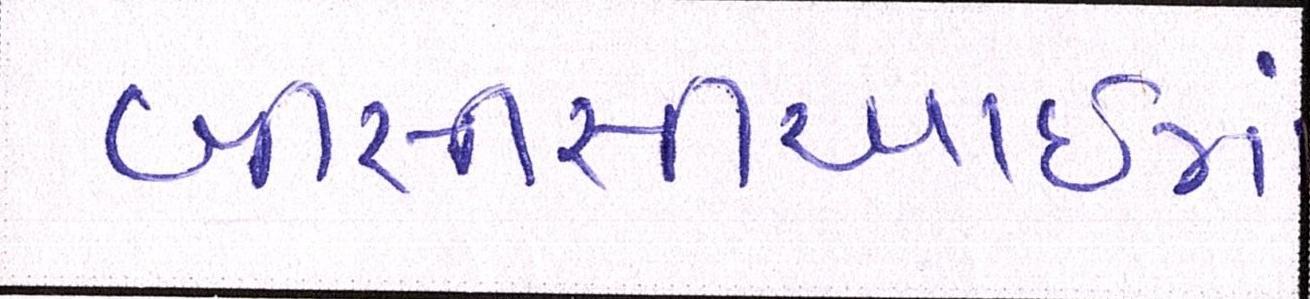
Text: બીસીસીઆઈમાં